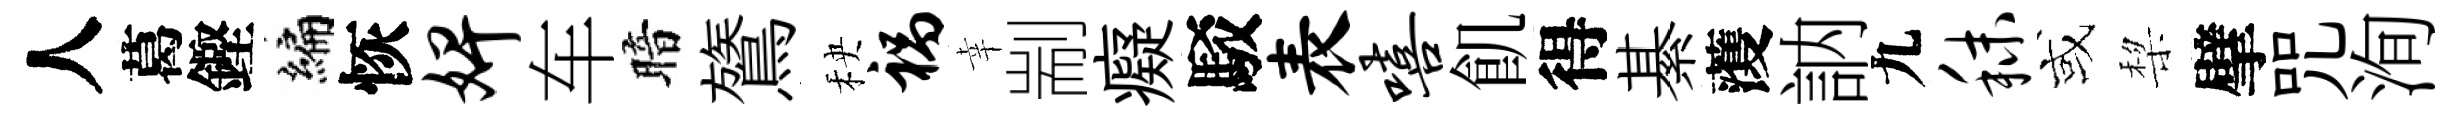
人葛鏗编恢婢车暗鷟秧祸幸剬癡駁表嘻飢得綦𮑮訥九秣或棃擘咒洵